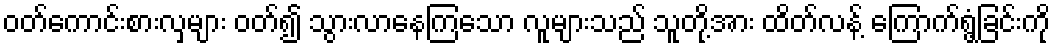
ဝတ်ကောင်းစားလှများ ဝတ်၍ သွားလာနေကြသော လူများသည် သူတို့အား ထိတ်လန့် ကြောက်ရွံ့ခြင်းကို